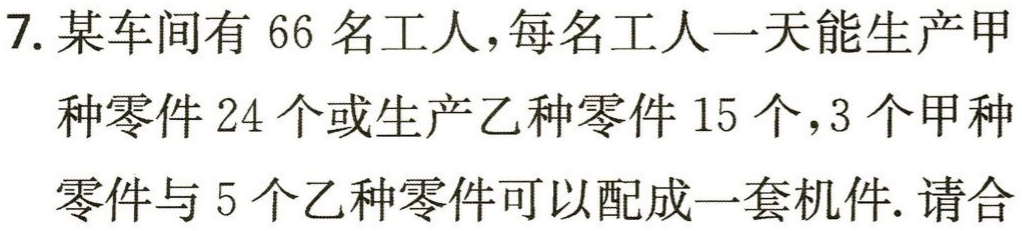
7. 某车间有 66 名工人，每名工人一天能生产甲种零件 24 个或生产乙种零件 15 个，3 个甲种零件与 5 个乙种零件可以配成一套机件. 请合